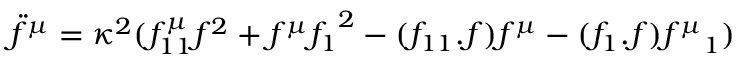
\ddot { f } ^ { \mu } = \kappa ^ { 2 } ( f _ { 1 1 } ^ { \mu } f ^ { 2 } + f ^ { \mu } { f _ { 1 } } ^ { 2 } - ( f _ { 1 1 } . f ) f ^ { \mu } - ( f _ { 1 } . f ) { f ^ { \mu } } _ { 1 } )